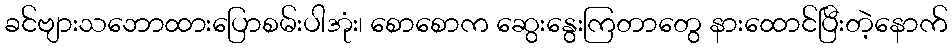
ခင်ဗျားသဘောထားပြောစမ်းပါအုံး၊ စောစောက ဆွေးနွေးကြတာတွေ နားထောင်ပြီးတဲ့နောက်